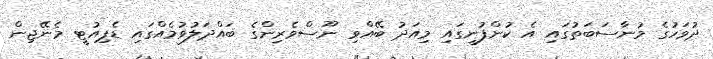
ދުވަހުގެ މުނާސަބަތުގައި އެ ކުންފުނީގައި މިއަދު ބޭއްވި ނޫސްވެރިންގެ ބައްދަލުވުމެއްގައި ޑެޕިއުޓީ މެނޭޖިން